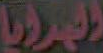
المرايا